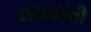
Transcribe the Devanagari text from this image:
सदायोगी